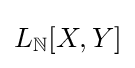
L_{\mathbb {N} }[X,Y]